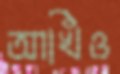
আখিঁও